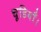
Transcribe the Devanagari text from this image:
चूडियाँ।